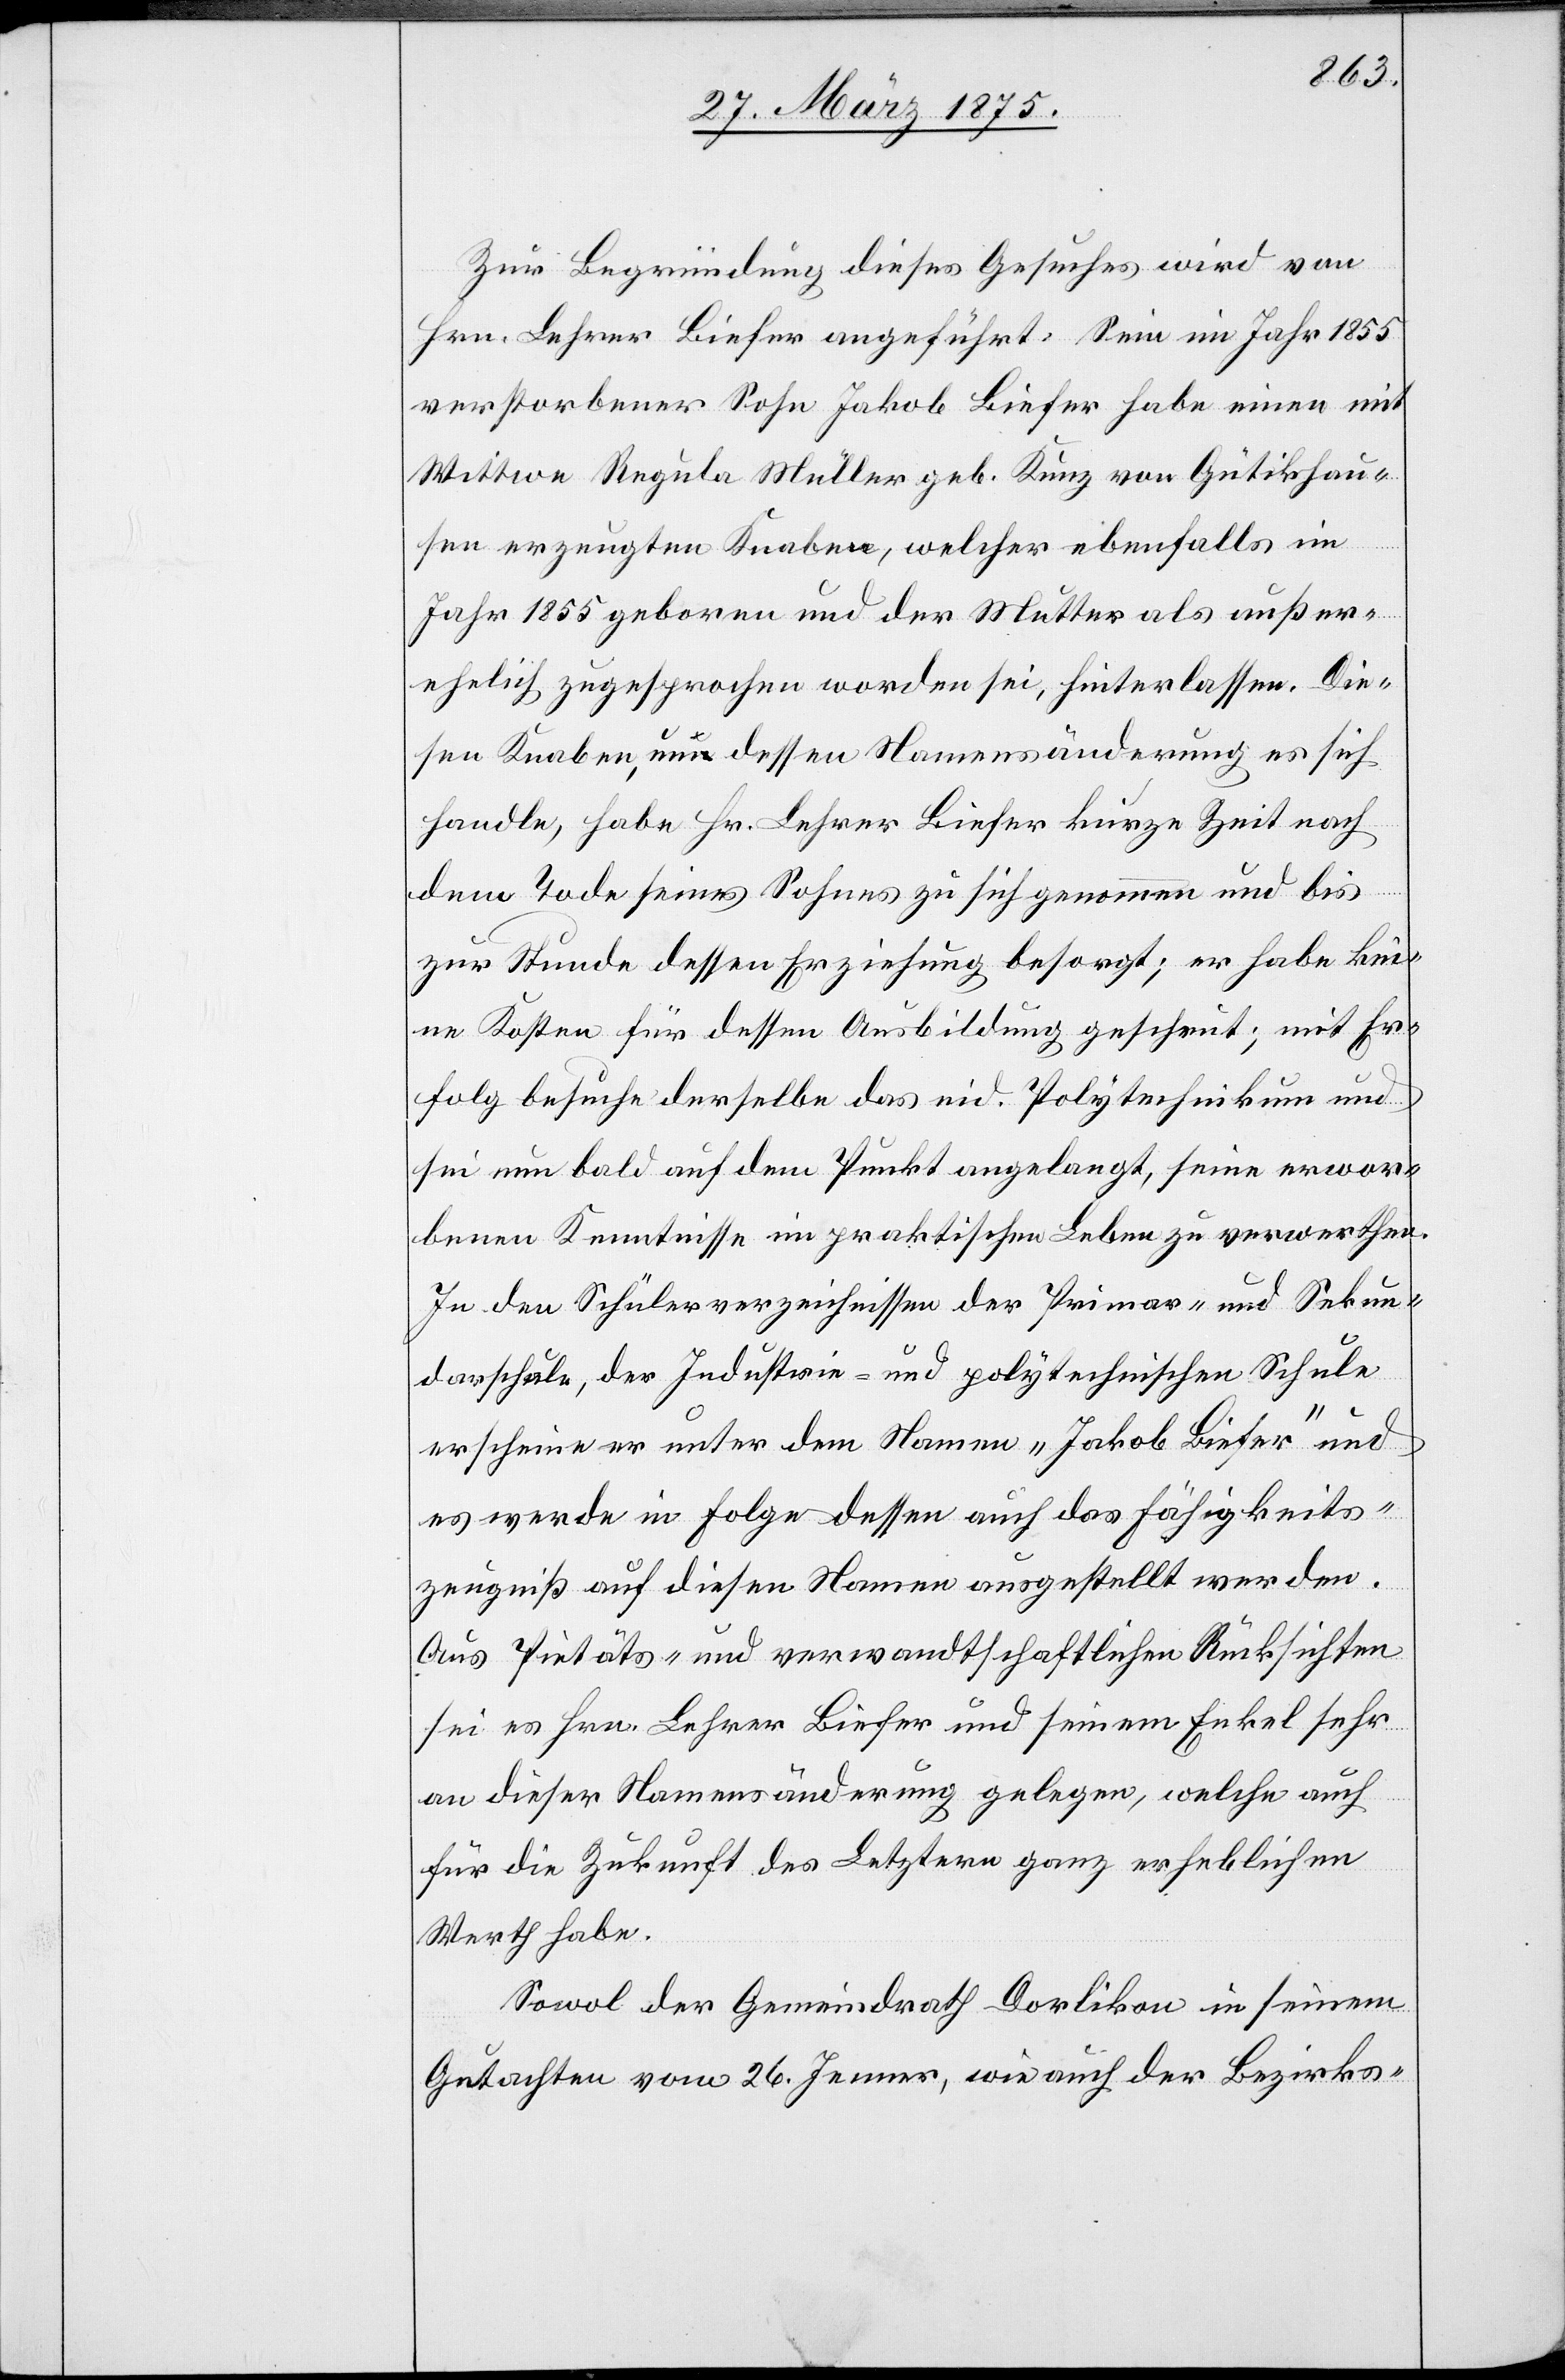
Zur Begründung dieses Gesuches wird von
Hrn. Lehrer Biefer angeführt: Sein im Jahr 1855
verstorbener Sohn Jakob Biefer habe einen mit
Wittwe Regula Müller geb. Kunz von Gütikhau¬
sen erzeugten Knaben, welcher ebenfalls im
Jahr 1855 geboren und der Mutter als außer¬
ehelich zugesprochen worden sei, hinterlassen. Die¬
sen Knaben, um dessen Namensänderung es sich
handle, habe Hr. Lehrer Biefer kurze Zeit nach
dem Tode seines Sohnes zu sich genommen und bis
zu Stunde dessen Erziehung besorgt; er habe kei¬
ne Kosten für dessen Ausbildung gescheut; mit Er¬
folg besuche derselbe das eid. Polytechnikum und
sei nun bald auf dem Punkt angelangt, seine erwor¬
benen Kenntnisse im praktischen Leben zu verwerthen.
In den Schülerverzeichnissen der Primar- und Sekun¬
darschule, der Industrie- und polytechnischen Schule
erscheine er unter dem Namen „Jakob Biefer“ und
es werde in Folge dessen auch das Fähigkeits¬
zeugniß auf diesen Namen ausgestellt werden.
Aus Pietäts- und verwandtschaftlichen Rücksichten
sei es Hrn. Lehrer Biefer und seinem Enkel sehr
an dieser Namensänderung gelegen, welche auch
für die Zukunft des Letztern ganz erheblichen
Werth habe.
Sowol der Gemeindrath Dorlikon in seinem
Gutachten vom 16. Jenner, wie auch der Bezirks-